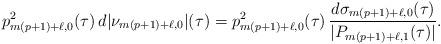
LaTeX: \begin{align*}p_{m(p+1)+\ell,0}^{2}(\tau)\,d|\nu_{m(p+1)+\ell,0}|(\tau)=p_{m(p+1)+\ell,0}^{2}(\tau)\,\frac{d\sigma_{m(p+1)+\ell,0}(\tau)}{|P_{m(p+1)+\ell,1}(\tau)|}. \end{align*}